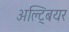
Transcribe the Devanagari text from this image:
अल्ट्बियर